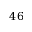
4 6